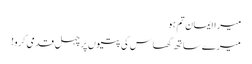
میرا ایمان تم ہو
میرے ساتھ گھاس کی پتیوں پر چہل قدمی کرو!